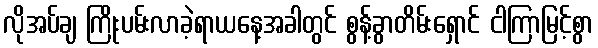
လိုအပ်ချ ကြိုးပမ်းလာခဲ့ရာယနေ့အခါတွင် စွန့်ခွာတိမ်းရှောင် ငါကြာမြင့်စွာ